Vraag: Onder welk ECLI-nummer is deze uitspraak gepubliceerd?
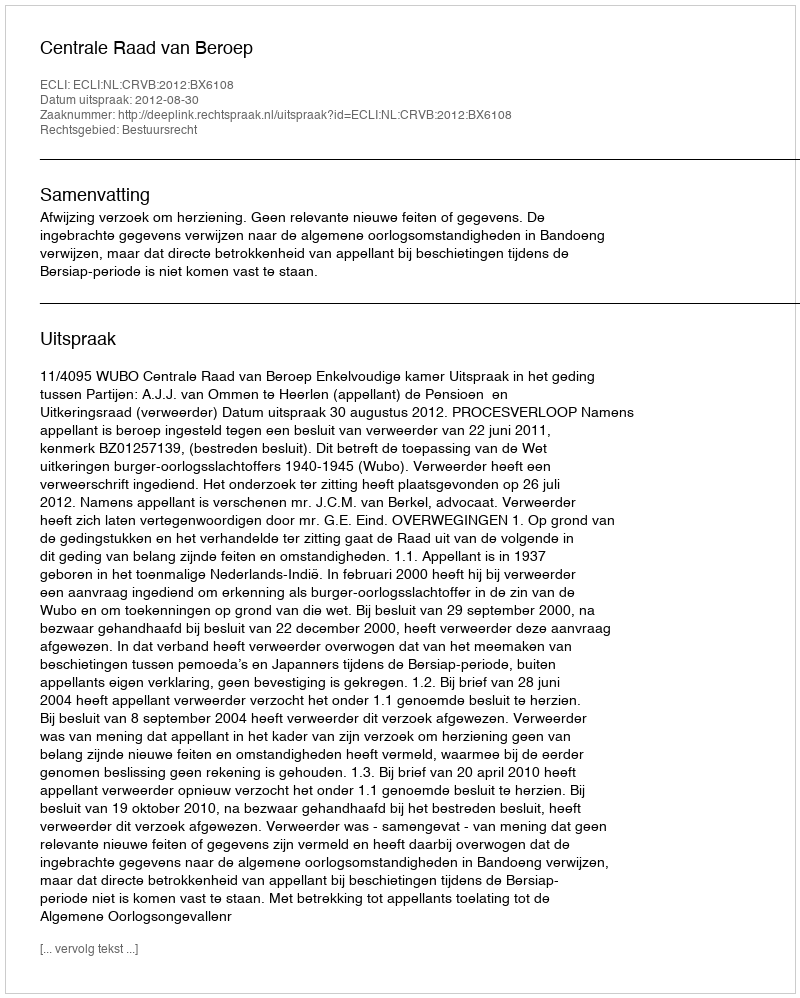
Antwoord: ECLI:NL:CRVB:2012:BX6108